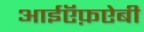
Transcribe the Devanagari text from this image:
आईऍफ़ऐबी